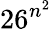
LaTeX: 26^{n^{2}}